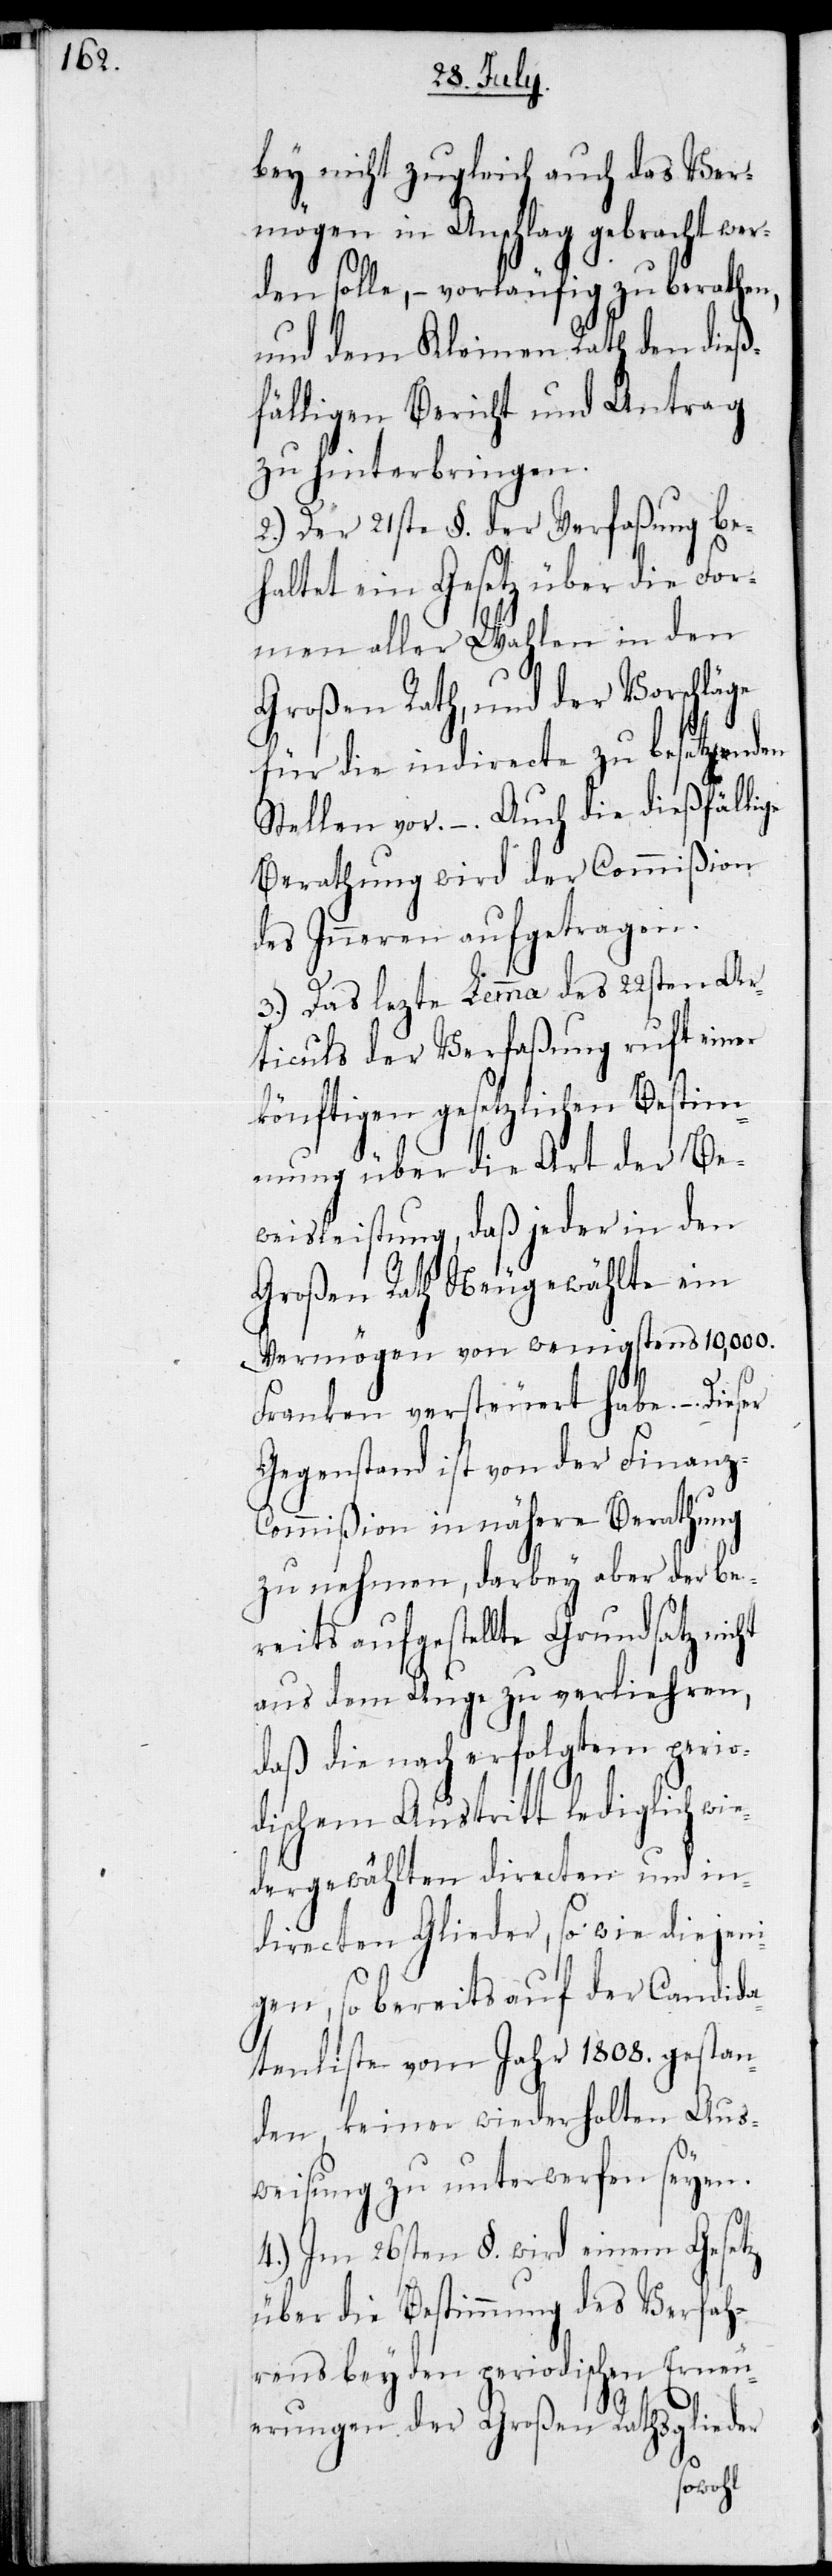
bey nicht zugleich auch das Ver¬
mögen in Anschlag gebracht wer¬
den solle, – vorläufig zu berathen,
und dem Kleinen Rath den dieß¬
fälligen Bericht und Antrag
zu hinterbringen.
2.) Der 21ste §. der Verfaßung be¬
haltet ein Gesetz über die For¬
men aller Wahlen in den
Großen Rath, und der Vorschläge
für die indirecte zu besetzenden
Stellen vor. – Auch die dießfällige
Berathung wird der Commißion
des Inneren aufgetragen.
3.) Das lezte Lemma des 22sten Ar¬
ticuls der Verfaßung ruft einer
könftigen gesetzlichen Bestim¬
mung über die Art der Be¬
weisleistung, daß jeder in den
Großen Rath Neugewählte ein
Vermögen von wenigstens 10,000.
Franken versteuert habe. – Dieser
Gegenstand ist von der Finanz-C¬
ommißion in nähere Berathung
zu nehmen, darbey aber der be¬
reits aufgestellte Grundsatz nicht
aus dem Auge zu verliehren,
daß die nach erfolgtem perio¬
dischem Austritt lediglich wie¬
dergewählten directen und in¬
directen Glieder, so wie diejeni¬
gen, so bereits auf der Candida¬
tenlisten vom Jahr 1808. gestan¬
den, keiner wiederholten Aus¬
weisung zu unterwerfen seyen.
4.) Im 26sten §. wird einem Gesetz
über die Bestimmung des Verfah¬
rens bey den periodischen Erneu¬
erungen der Großen Rathsglieder